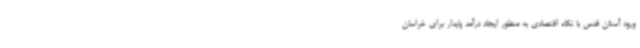
ورود آستان قدس با نگاه اقتصادی به منظور ایجاد درآمد پایدار برای خراسان